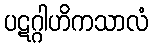
ပဋဂ္ဂါဟိကသာလံ